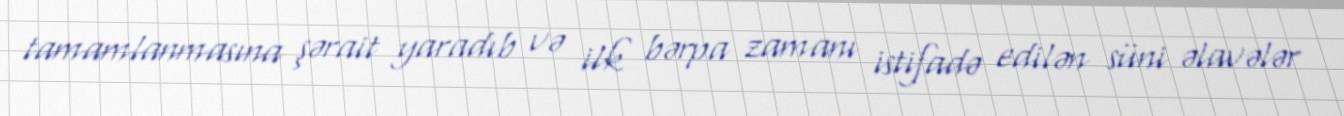
tamamlanmasına şərait yaradıb və ilk bərpa zamanı istifadə edilən süni əlavələr